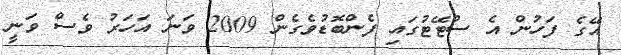
އޭގެ ފަހުން އެ ސްޓޭޓުގައި ފެންބޮޑުވެގެން 2009 ވަނަ އަހަރު ވެސް ވަނީ